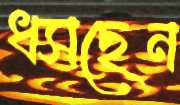
ধসছেন